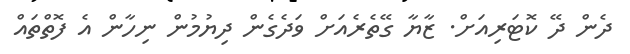
ދެން ދޭ ކޮޓަރިއަށް. ޒާޔާ ގޭތެރެއަށް ވަދެގެން ދިޔުމުން ނިހާން އެ ފޮތްތައް